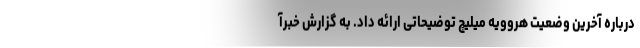
درباره آخرین وضعیت هروویه میلیچ توضیحاتی ارائه داد. به گزارش خبرآ